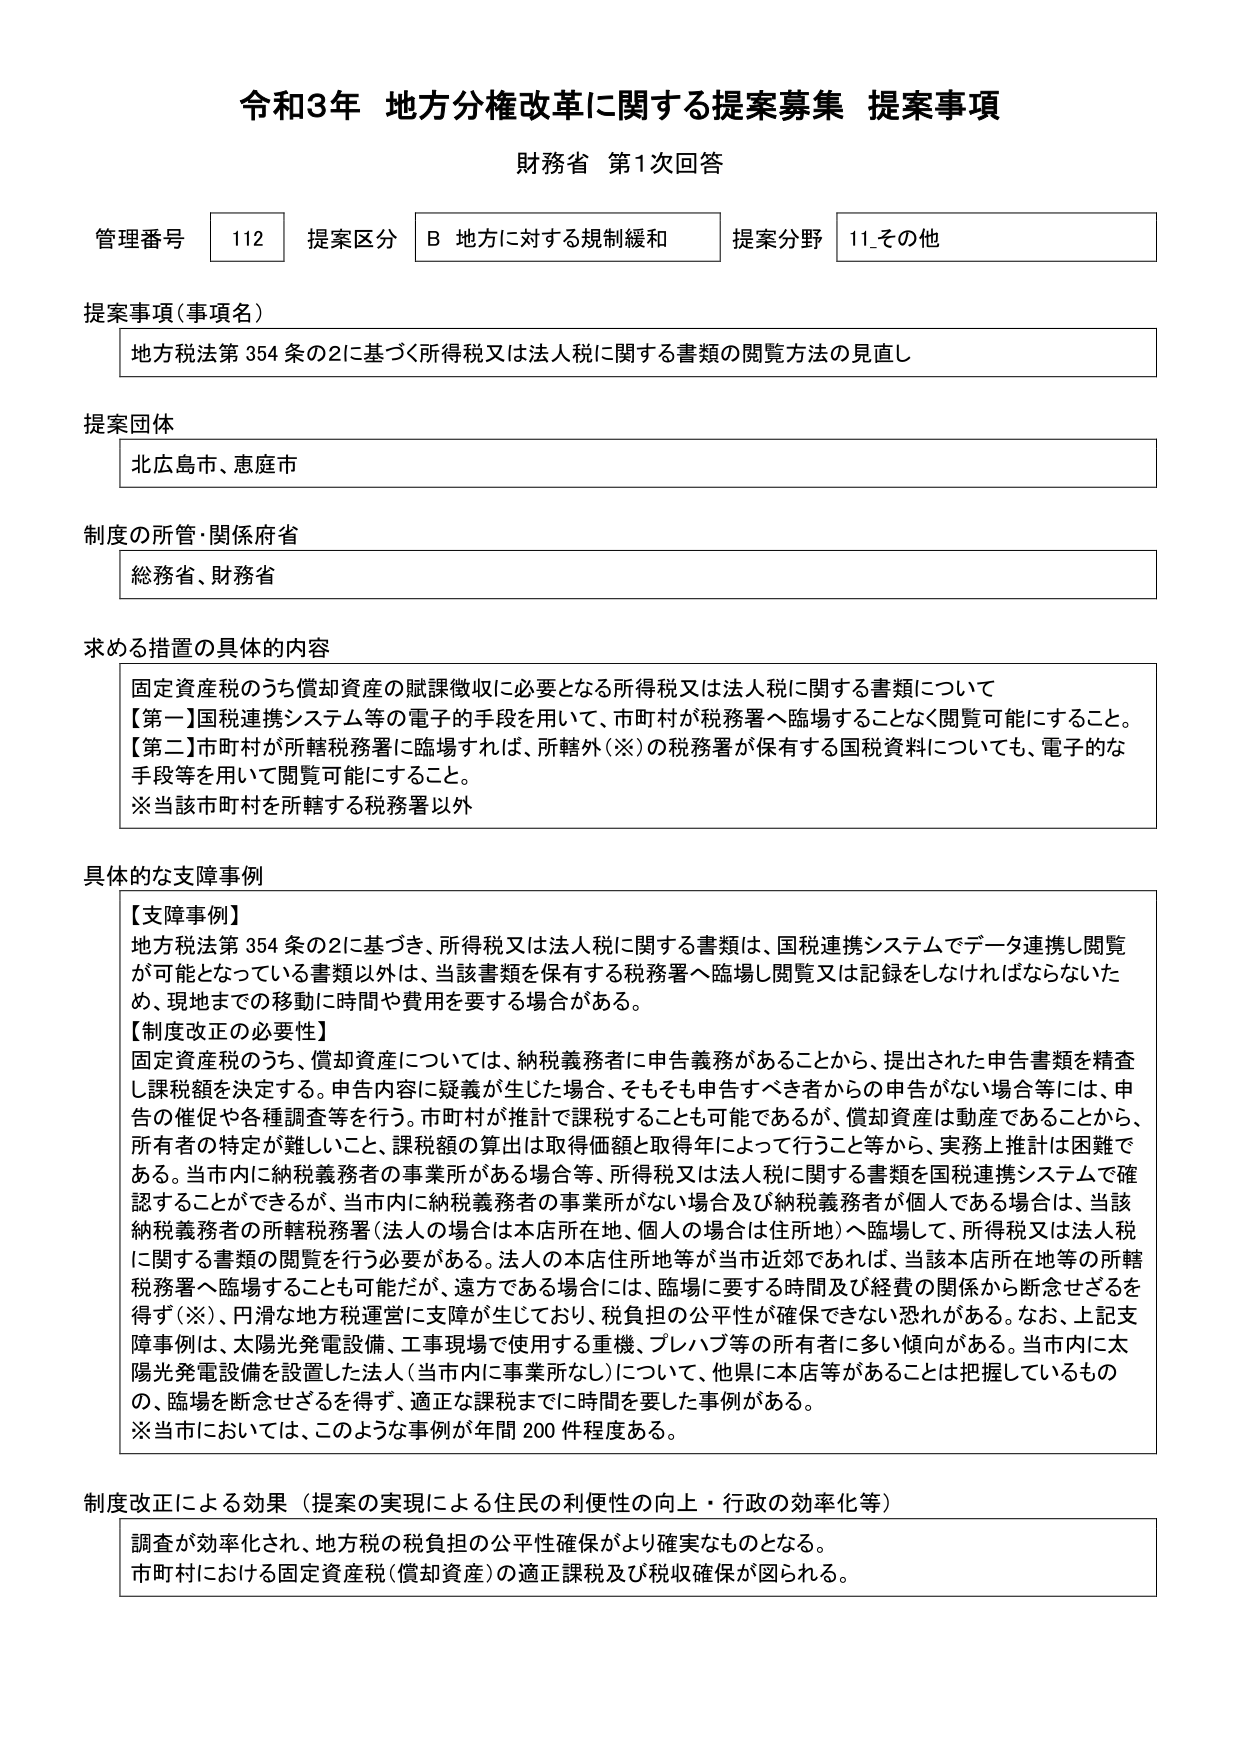
令和3年 地方分権改革に関する提案募集 提案事項
財務省 第1次回答

管理番号 112 提案区分 B 地方に対する規制緩和 提案分野 11_その他

提案事項（事項名）
地方税法第354条の2に基づく所得税又は法人税に関する書類の閲覧方法の見直し

提案団体
北広島市、恵庭市

制度の所管・関係府省
総務省、財務省

求める措置の具体的内容
固定資産税のうち償却資産の賦課徴収に必要となる所得税又は法人税に関する書類について
【第一】国税連携システム等の電子的手段を用いて、市町村が税務署へ臨場することなく閲覧可能にすること。
【第二】市町村が所轄税務署に臨場すれば、所轄外（※）の税務署が保有する国税資料についても、電子的手段等を用いて閲覧可能にすること。
※当該市町村を所轄する税務署以外

具体的な支障事例
【支障事例】
地方税法第354条の2に基づき、所得税又は法人税に関する書類は、国税連携システムでデータ連携し閲覧が可能となっている書類以外は、当該書類を保有する税務署へ臨場し閲覧又は記録をしなければならないため、現地までの移動に時間や費用を要する場合がある。
【制度改正の必要性】
固定資産税のうち、償却資産については、納税義務者に申告義務があることから、提出された申告書類を精査し課税額を決定する。申告内容に疑義が生じた場合、そもそも申告すべき者からの申告がない場合等には、申告の催促や各種調査等を行う。市町村が推計で課税することも可能であるが、償却資産は動産であることから、所有者の特定が難しいこと、課税額の算出は取得価額と取得年によって行うこと等から、実務上推計は困難である。当市内に納税義務者の事業所がある場合等、所得税又は法人税に関する書類を国税連携システムで確認することができるが、当市内に納税義務者の事業所がない場合及び納税義務者が個人である場合は、当該納税義務者の所轄税務署（法人の場合は本店所在地、個人の場合は住所地）へ臨場して、所得税又は法人税に関する書類の閲覧を行う必要がある。法人の本店住所地等が当市近郊であれば、当該本店所在地等の所轄税務署へ臨場することも可能だが、遠方である場合には、臨場に要する時間及び経費の関係から断念せざるを得ず（※）、円滑な地方税運営に支障が生じており、税負担の公平性が確保できない恐れがある。なお、上記支障事例は、太陽光発電設備、工事現場で使用する重機、プレハブ等の所有者に多い傾向がある。当市内に太陽光発電設備を設置した法人（当市内に事業所なし）について、他県に本店等があることは把握しているものの、臨場を断念せざるを得ず、適正な課税までに時間を要した事例がある。
※当市においては、このような事例が年間200件程度ある。

制度改正による効果（提案の実現による住民の利便性の向上・行政の効率化等）
調査が効率化され、地方税の税負担の公平性確保がより確実なものとなる。
市町村における固定資産税（償却資産）の適正課税及び税収確保が図られる。